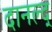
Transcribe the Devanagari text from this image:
दानल्द्